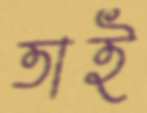
তাই